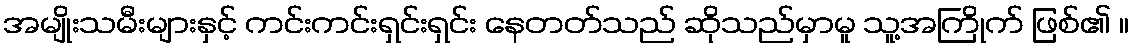
အမျိုးသမီးများနှင့် ကင်းကင်းရှင်းရှင်း နေတတ်သည် ဆိုသည်မှာမူ သူ့အကြိုက် ဖြစ်၏ ။